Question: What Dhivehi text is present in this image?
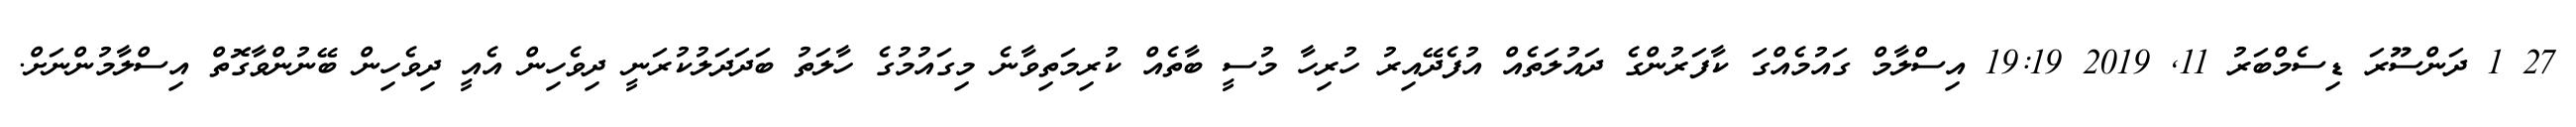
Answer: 27 1 ދަންސޫރަ ޑިސެމްބަރު 11, 2019 19:19 އިސްލާމް ގައުމެއްގަ ކާފަރުންގެ ދައުލަތެއް އުފެދޭއިރު ހުރިހާ މުސީ ބާތެއް ކުރިމަތިވާނެ މިގައުމުގެ ހާލަތު ބަދަދަލުކުރަނީ ދިވެހިން އެއީ ދިވެހިން ބޭނުންވާގޮތް އިސްލާމުންނަށް.